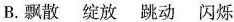
B. 飘散 绽放 跳动 闪烁